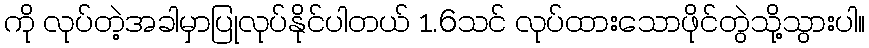
ကို လုပ်တဲ့အခါမှာပြုလုပ်နိုင်ပါတယ် 1.6သင် လုပ်ထားသောဖိုင်တွဲသို့သွားပါ။